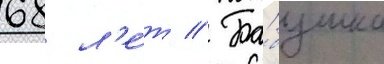
68 л'е́т // Ба́бушка